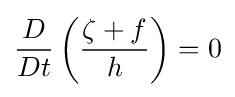
{\frac {D}{Dt}}\left({\frac {\zeta +f}{h}}\right)=0